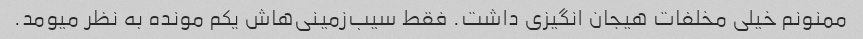
ممنونم خیلی مخلفات هیجان انگیزی داشت. فقط سیب‌زمینی‌هاش یکم مونده به نظر میومد.